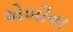
એબીના